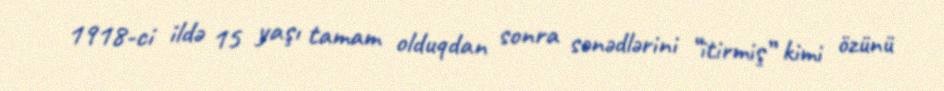
1918-ci ildə 15 yaşı tamam olduqdan sonra sənədlərini “itirmiş” kimi özünü